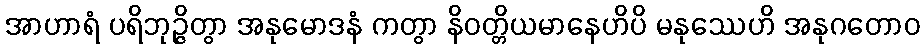
အာဟာရံ ပရိဘုဉ္ဇိတွာ အနုမောဒနံ ကတွာ နိဝတ္တိယမာနေဟိပိ မနုဿေဟိ အနုဂတောဝ